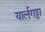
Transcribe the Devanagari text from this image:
यार्लगड्डा